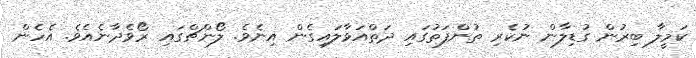
ކަމީލާ ބިރުން ގުޑިލާން ނުކެރި ތުންފަތުގައި ދަތްއަޅާލައިގެން އިނެވެ. ލޯންޗްގައި ރޯވެދާނެއެވެ. އެހެން